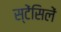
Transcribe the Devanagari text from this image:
स्टेंसिलें